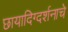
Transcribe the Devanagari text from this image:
छायादिग्दर्शनाचे